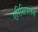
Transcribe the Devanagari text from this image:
एरिसिपलस